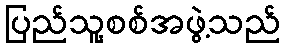
ပြည်သူ့စစ်အဖွဲ့သည်